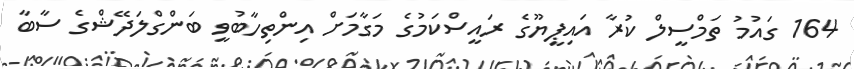
164 ގައުމު ތަމްސީލް ކުރާ އައިޕީޔޫގެ ރައީސްކަމުގެ މަގާމަށް އިންތިހާބުވީ ބަންގްލަދޭޝްގެ ސާބާ